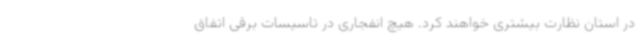
در استان نظارت بیشتری خواهند کرد. هیچ انفجاری در تاسیسات برقی اتفاق